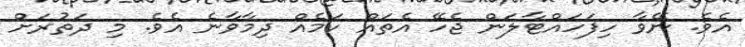
އެވެ. ނޭވާ ހިފަހައްޓާލަން ޖެހޭ އެތައް ކަމެއް ދިމާވާނެ އެވެ. މި ދަތުރަށް